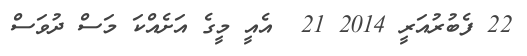
22 ފެބުރުއަރީ 2014 21  އެއީ މީގެ އަށެއްކަ މަސް ދުވަސް